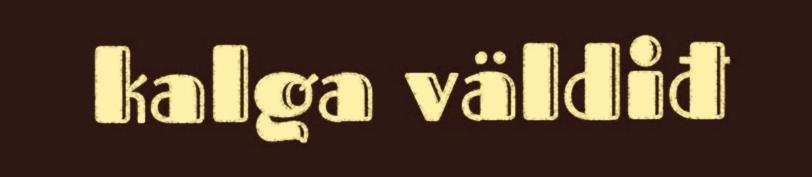
kalga väldiđ